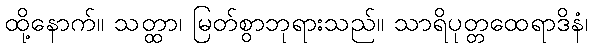
ထို့နောက်။ သတ္ထာ၊ မြတ်စွာဘုရားသည်။ သာရိပုတ္တထေရာဒိနံ၊